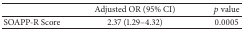
|  | Adjusted OR (95% CI) | p value |
 | --- | --- | --- |
 | SOAPP-R Score | 2.37 (1.29–4.32) | 0.0005 |